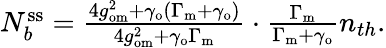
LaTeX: \begin{array}{r}{N_{b}^{\mathrm{ss}}=\frac{4g_{\mathrm{om}}^{2}+\gamma_{\mathrm{o}}(\Gamma_{\mathrm{m}}+\gamma_{\mathrm{o}})}{4g_{\mathrm{om}}^{2}+\gamma_{\mathrm{o}}\Gamma_{\mathrm{m}}}\cdot\frac{\Gamma_{\mathrm{m}}}{\Gamma_{\mathrm{m}}+\gamma_{\mathrm{o}}}n_{th}.}\end{array}